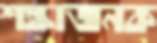
শঙ্কাজনক